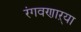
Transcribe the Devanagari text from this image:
रंगवणाऱ्या